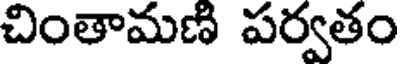
చింతామణి పర్వతం